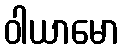
ဝါယာမော